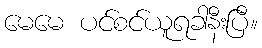
မေမေ ပင်စင်ယူရခါနီးပြီ။